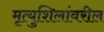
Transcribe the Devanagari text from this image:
मृत्युशिलांवरील